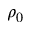
\rho _ { 0 }